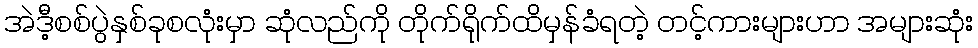
အဲဒီ့စစ်ပွဲနှစ်ခုစလုံးမှာ ဆုံလည်ကို တိုက်ရိုက်ထိမှန်ခံရတဲ့ တင့်ကားများဟာ အများဆုံး